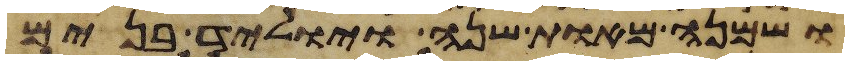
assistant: ושמנה מאות שנה ויוליד בנים